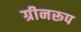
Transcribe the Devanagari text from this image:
ग्रीनरूप